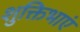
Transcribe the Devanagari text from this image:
शुक्तिभाएं